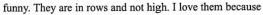
funny. They are in rows and not high. I love them because